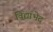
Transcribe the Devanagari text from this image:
विद्याभेद